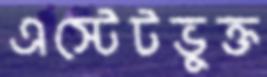
এস্টেটভুক্ত